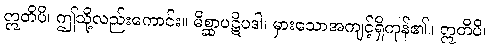
ဣတိပိ၊ ဤသို့လည်းကောင်း။ မိစ္ဆာပဋိပဒါ၊ မှားသောအကျင့်ရှိကုန်၏။ ဣတိပိ၊